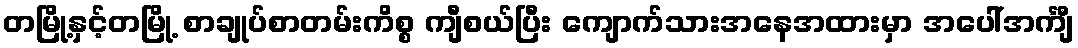
တမြို့နှင့်တမြို့ စာချုပ်စာတမ်းကိစ္စ ကျီစယ်ပြီး ကျောက်သားအနေအထားမှာ အပေါ်အင်္ကျီ